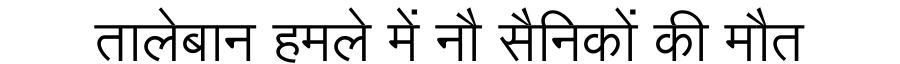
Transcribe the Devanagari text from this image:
तालेबान हमले में नौ सैनिकों की मौत